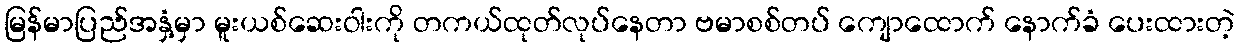
မြန်မာပြည်အနှံ့မှာ မူးယစ်ဆေးဝါးကို တကယ်ထုတ်လုပ်နေတာ ဗမာစစ်တပ် ကျောထောက် နောက်ခံ ပေးထားတဲ့